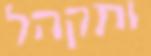
ותקהל